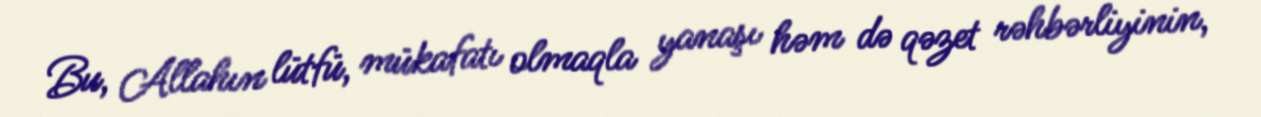
Bu, Allahın lütfü, mükafatı olmaqla yanaşı həm də qəzet rəhbərliyinin,